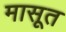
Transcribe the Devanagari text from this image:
मासूत